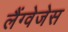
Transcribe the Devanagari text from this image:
लैंग्वेजेस